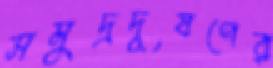
সমুদ্রদূষণের